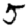
Digit: 5